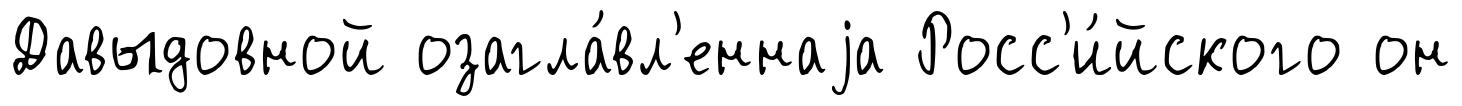
Давыдовной озагла́вл'еннаjа Росс'и́йского он